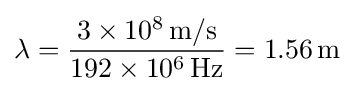
\lambda ={\frac {3\times 10^{8}\,\mathrm {m/s} }{192\times 10^{6}\,\mathrm {Hz} }}=1.56\,\mathrm {m} \,\!